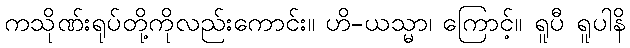
ကသိုဏ်းရုပ်တို့ကိုလည်းကောင်း။ ဟိ-ယသ္မာ၊ ကြောင့်။ ရူပီ ရူပါနိ